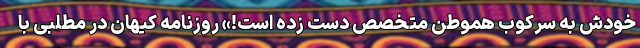
خودش به سرکوب هموطن متخصص دست زده است!» روزنامه کیهان در مطلبی با